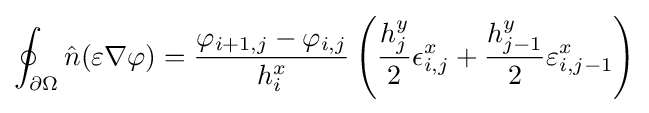
\oint _{\partial \Omega }{\hat {n}}(\varepsilon \nabla \varphi )={\frac {\varphi _{i+1,j}-\varphi _{i,j}}{h_{i}^{x}}}\left({\frac {h_{j}^{y}}{2}}\epsilon _{i,j}^{x}+{\frac {h_{j-1}^{y}}{2}}\varepsilon _{i,j-1}^{x}\right)